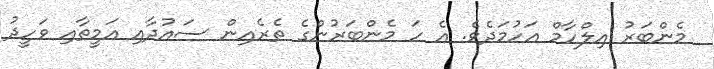
މެންބަރު އިލްހާމް އަހުމަދެވެ. އެ ހަ މެންބަރުންގެ ތެރެއިން ސައުދާއި އަމީތާއި ވަހީދު